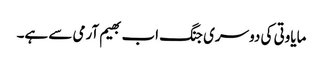
مایاوتی کی دوسری جنگ اب بھیم آرمی سے ہے۔